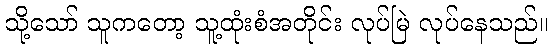
သို့သော် သူကတော့ သူ့ထုံးစံအတိုင်း လုပ်မြဲ လုပ်နေသည်။